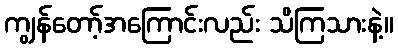
ကျွန်တော့်အကြောင်းလည်း သိကြသားနဲ့။